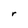
Character: r